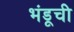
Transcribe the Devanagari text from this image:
भंडूची